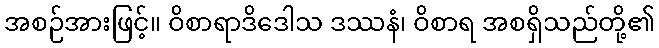
အစဉ်အားဖြင့်။ ဝိစာရာဒိဒေါသ ဒဿနံ၊ ဝိစာရ အစရှိသည်တို့၏